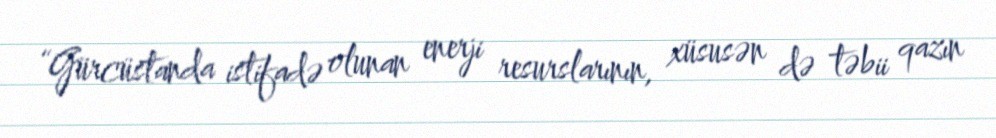
“Gürcüstanda istifadə olunan enerji resurslarının, xüsusən də təbii qazın